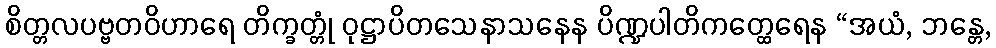
စိတ္တလပဗ္ဗတဝိဟာရေ တိက္ခတ္တုံ ဝုဋ္ဌာပိတသေနာသနေန ပိဏ္ဍပါတိကတ္ထေရေန “အယံ, ဘန္တေ,